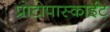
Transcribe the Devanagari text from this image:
प्रोटोपास्काईट